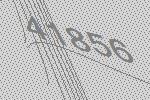
41856